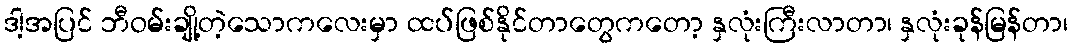
ဒါ့အပြင် ဘီဝမ်းချို့တဲ့သောကလေးမှာ ထပ်ဖြစ်နိုင်တာတွေကတော့ နှလုံးကြီးလာတာ၊ နှလုံးခုန်မြန်တာ၊